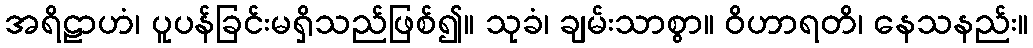
အရိဠာဟံ၊ ပူပန်ခြင်းမရှိသည်ဖြစ်၍။ သုခံ၊ ချမ်းသာစွာ။ ဝိဟာရတိ၊ နေသနည်း။